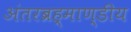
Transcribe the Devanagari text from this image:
अंतरब्रह्माण्डीय